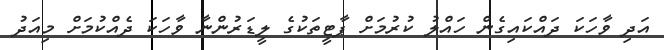
އަދި ވާހަކަ ދައްކައިގެން ހައްލު ކުރުމަށް ޕާޓީތަކުގެ ލީޑަރުންނާ ވާހަކަ ދެއްކުމަށް މިއަދު